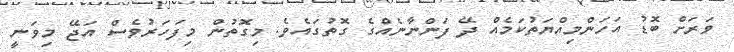
ވަރަށް ބޮޑު އަހަންމިއްޔަތުކަމެއް ދޭ ފަންނާނެއްގެ ގޮތުގައެވެ. މިގޮތުން މިފަހަރުވެސް އަޖޭ މިވަނީ